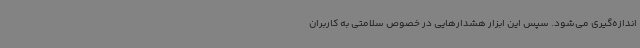
اندازه‌گیری می‌شود. سپس این ابزار هشدارهایی در خصوص سلامتی به کاربران